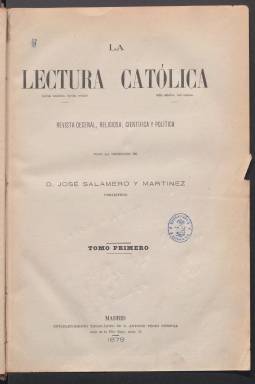
Título: La Lectura católica
Colección: Cultura || Religión
Ámbito geográfico: Madrid
Lugar de publicación: Madrid
Fechas: 01/01/1879-31/12/1886